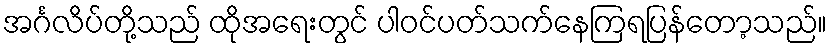
အင်္ဂလိပ်တို့သည် ထိုအရေးတွင် ပါဝင်ပတ်သက်နေကြရပြန်တော့သည်။